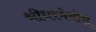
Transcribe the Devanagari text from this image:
श्रीधरमेनोन्